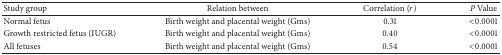
<table><thead><tr><td><b>Study group </b></td><td><b>Relation between </b></td><td><b>Correlation (<i>r</i>) </b></td><td><b><i>P</i> Value </b></td></tr></thead><tbody><tr><td>Normal fetus </td><td>Birth weight and placental weight (Gms) </td><td> 0.31 </td><td> &lt;0.0001 </td></tr><tr><td>Growth restricted fetus (IUGR)</td><td>Birth weight and placental weight (Gms) </td><td> 0.40 </td><td> &lt;0.0001 </td></tr><tr><td>All fetuses </td><td>Birth weight and placental weight (Gms) </td><td> 0.54 </td><td> &lt;0.0001 </td></tr></tbody></table>